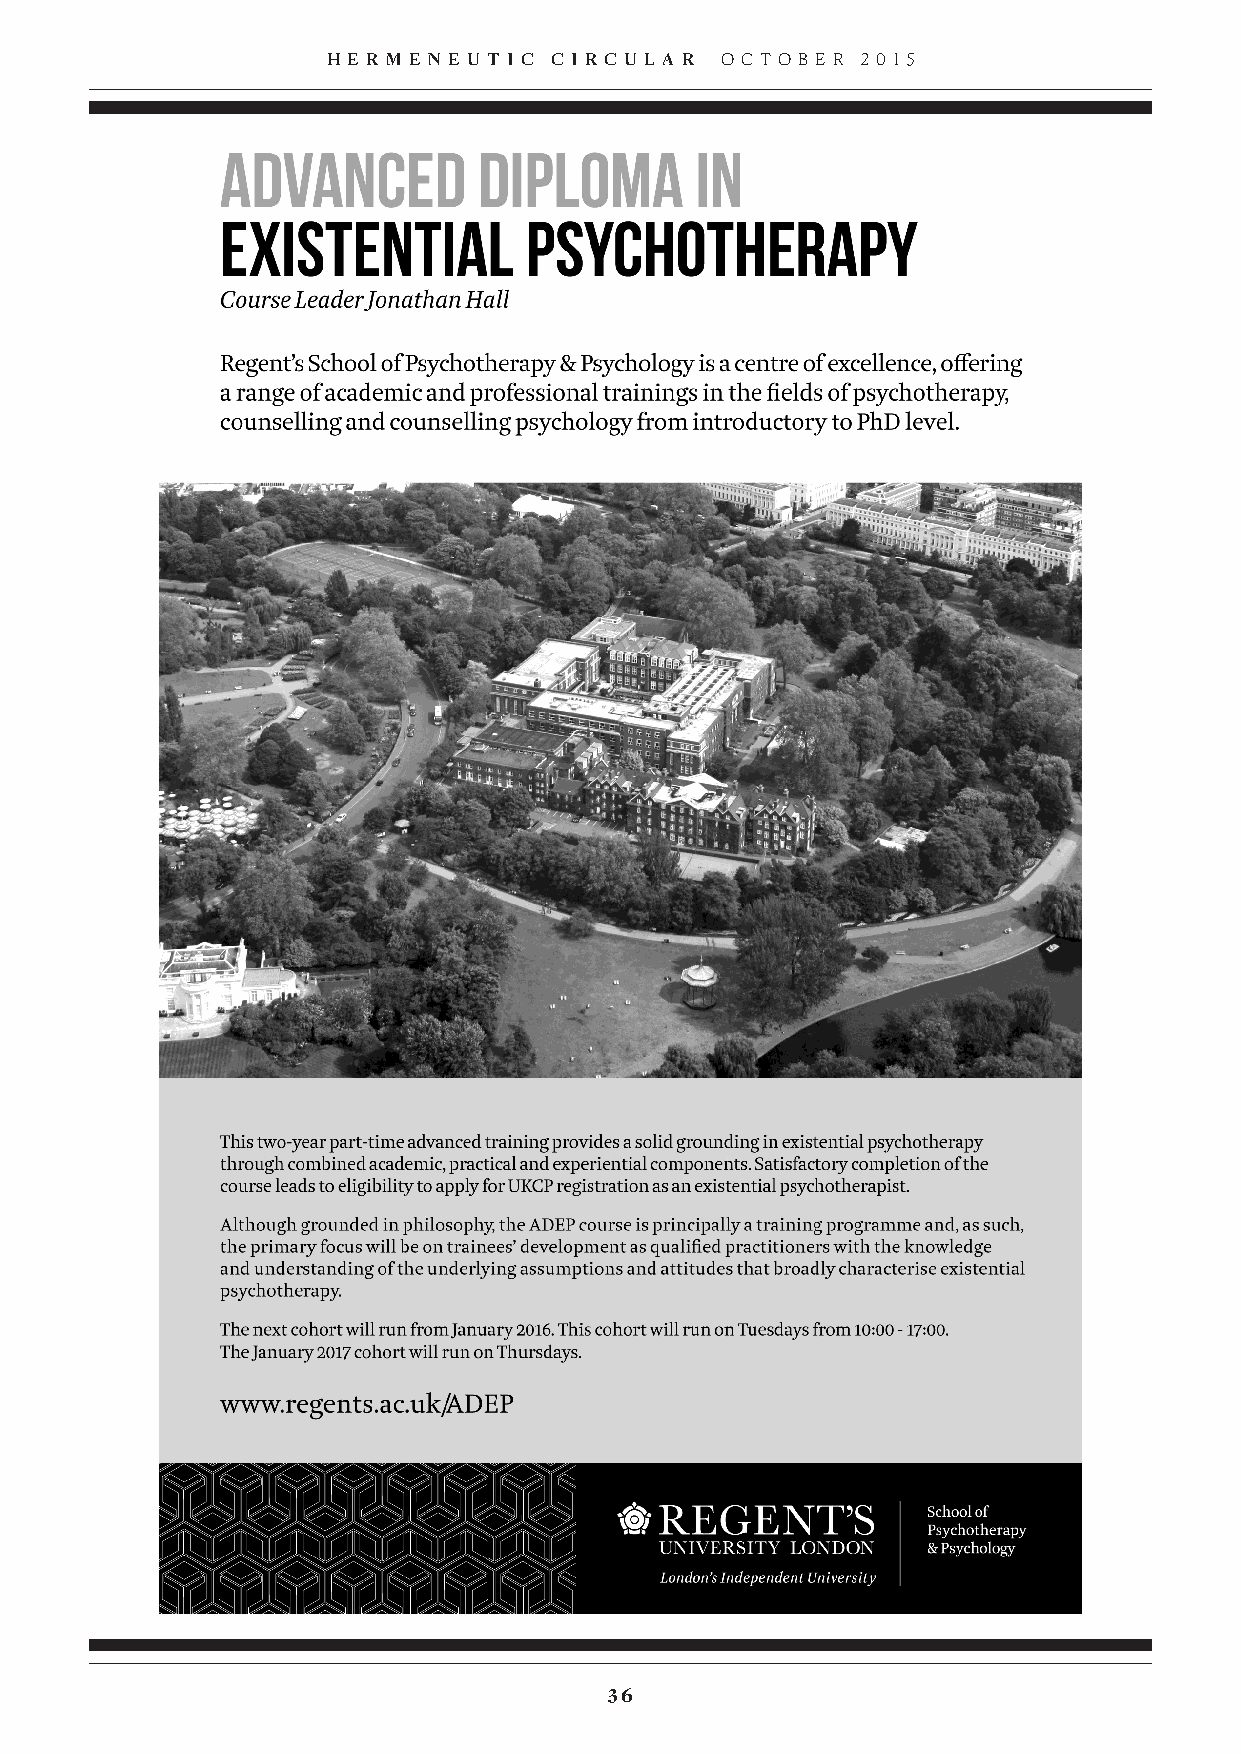
H E R M E N E U T I C C I R C U L A R O C T O B E R 2 0 1 5
 36